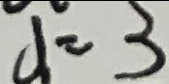
d = 3